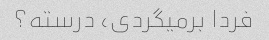
فردا برمیگردی، درسته؟